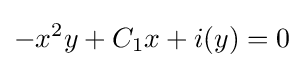
-x^{2}y+C_{1}x+i(y)=0